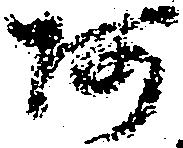
阿